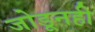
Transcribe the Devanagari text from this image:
जोडूनही